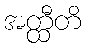
အတ္ထီတိ